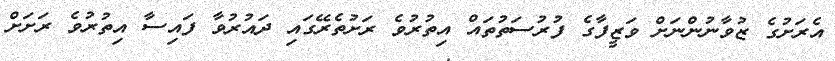
އެރަށުގެ ޒުވާނުންނަށް ވަޒީފާގެ ފުރުސަތުތައް އިތުރުވެ ރަށުތެރޭގައި ދައުރުވާ ފައިސާ އިތުރުވެ ރަށަށް